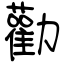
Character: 勸